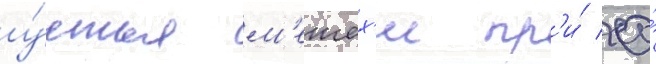
у́стья м'ешех'и пр'и́ ео́